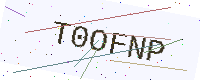
Text: T0OFNP